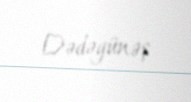
Dədəgünəş